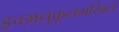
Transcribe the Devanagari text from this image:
इच्छानुकूलमखिलं